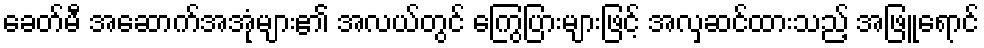
ခေတ်မီ အဆောက်အအုံများ၏ အလယ်တွင် ကြွေပြားများဖြင့် အလှဆင်ထားသည့် အဖြူရောင်